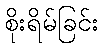
စိုးရိမ်ခြင်း